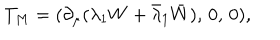
LaTeX: T _ { M } = ( \partial _ { \mu } ( \lambda _ { 1 } W + \bar { \lambda } _ { 1 } \bar { W } ) , \, 0 , \, 0 ) ,